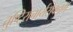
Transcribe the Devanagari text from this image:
तुष्टिराचार्यसेवनम्